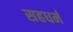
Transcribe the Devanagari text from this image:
सहधर्म